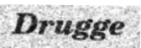
Drugge